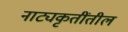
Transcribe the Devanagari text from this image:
नाट्यकृतींतील